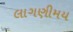
લાગણીમય